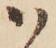
ハ